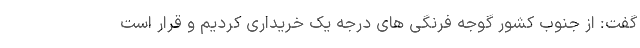
گفت: از جنوب کشور گوجه فرنگی های درجه یک خریداری کردیم و قرار است